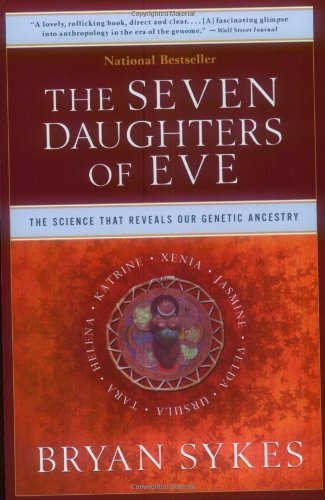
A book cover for The Seven Daughters of Eve: The Science That Reveals Our Genetic Ancestry; Bryan Sykes; Medical Books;